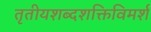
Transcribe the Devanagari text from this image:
तृतीयशब्दशक्तिविमर्श